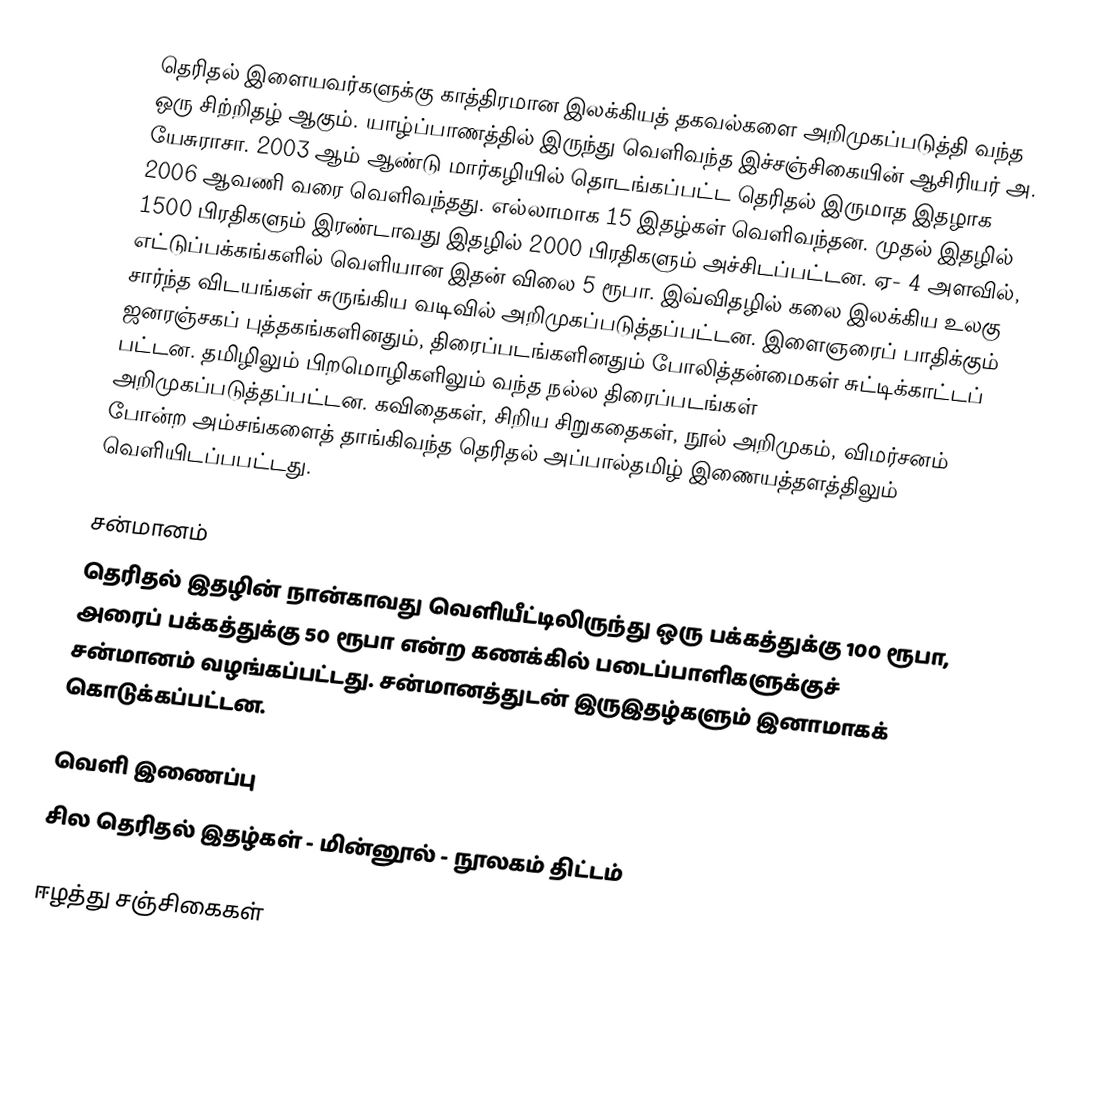
தெரிதல் இளையவர்களுக்கு காத்திரமான இலக்கியத் தகவல்களை அறிமுகப்படுத்தி வந்த ஒரு சிற்றிதழ் ஆகும். யாழ்ப்பாணத்தில் இருந்து வெளிவந்த இச்சஞ்சிகையின் ஆசிரியர் அ. யேசுராசா. 2003 ஆம் ஆண்டு மார்கழியில் தொடங்கப்பட்ட தெரிதல் இருமாத இதழாக 2006 ஆவணி வரை வெளிவந்தது. எல்லாமாக 15 இதழ்கள் வெளிவந்தன. முதல் இதழில் 1500 பிரதிகளும் இரண்டாவது இதழில் 2000 பிரதிகளும் அச்சிடப்பட்டன. ஏ- 4 அளவில், எட்டுப்பக்கங்களில் வெளியான இதன் விலை 5 ரூபா. இவ்விதழில் கலை இலக்கிய உலகு சார்ந்த விடயங்கள் சுருங்கிய வடிவில் அறிமுகப்படுத்தப்பட்டன. இளைஞரைப் பாதிக்கும் ஜனரஞ்சகப் புத்தகங்களினதும், திரைப்படங்களினதும் போலித்தன்மைகள் சுட்டிக்காட்டப் பட்டன. தமிழிலும் பிறமொழிகளிலும் வந்த நல்ல திரைப்படங்கள் அறிமுகப்படுத்தப்பட்டன. கவிதைகள், சிறிய சிறுகதைகள், நூல் அறிமுகம், விமர்சனம் போன்ற அம்சங்களைத் தாங்கிவந்த தெரிதல் அப்பால்தமிழ் இணையத்தளத்திலும் வெளியிடப்பபட்டது.

சன்மானம்
தெரிதல் இதழின் நான்காவது வெளியீட்டிலிருந்து ஒரு பக்கத்துக்கு 100 ரூபா, அரைப் பக்கத்துக்கு 50 ரூபா என்ற கணக்கில் படைப்பாளிகளுக்குச் சன்மானம் வழங்கப்பட்டது. சன்மானத்துடன் இருஇதழ்களும் இனாமாகக் கொடுக்கப்பட்டன.

வெளி இணைப்பு
 சில தெரிதல் இதழ்கள் - மின்னூல் - நூலகம் திட்டம்

ஈழத்து சஞ்சிகைகள்